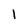
Character: 1